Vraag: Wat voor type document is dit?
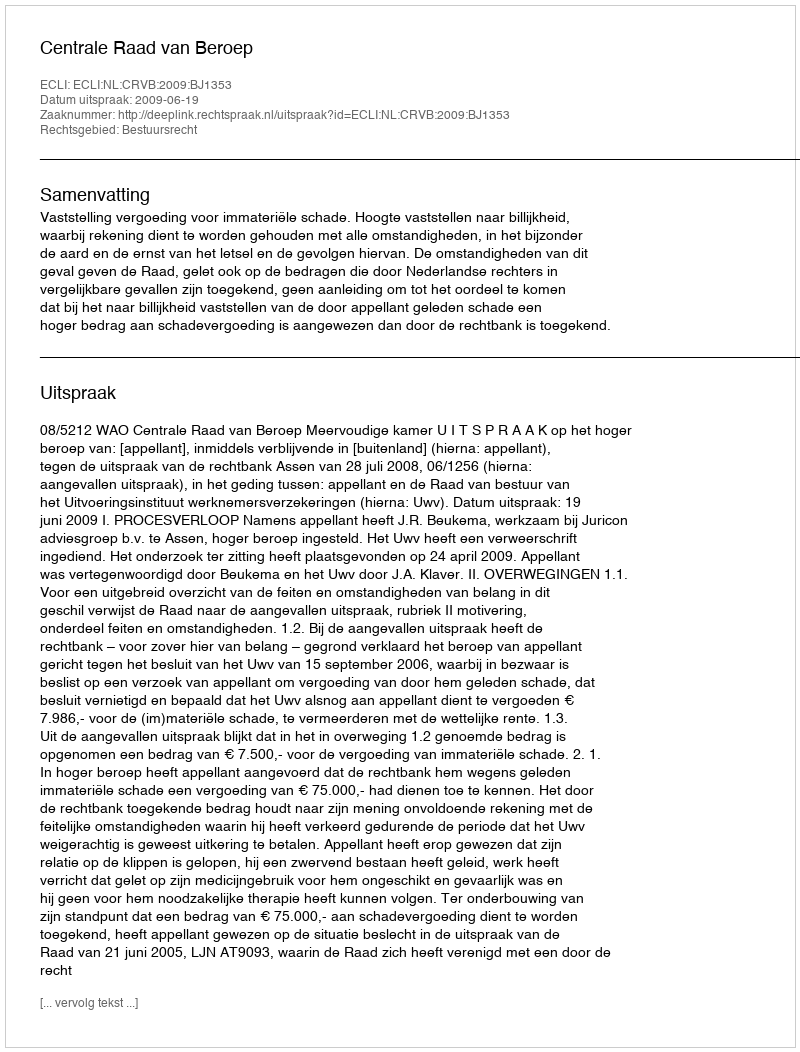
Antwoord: Uitspraak